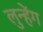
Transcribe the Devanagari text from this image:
लुन्हेंग